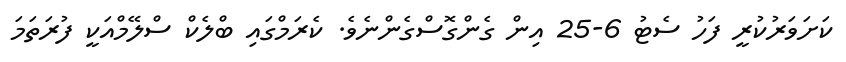
ކަށަވަރުކުރީ ފަހު ސެޓު 6-25 އިން ގެންގޮސްގެންނެވެ. ކެރަމްގައި ބްލެކް ސްލޭމްއަކީ ފުރަތަމަ